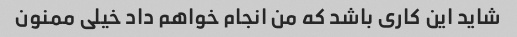
شاید این کاری باشد که من انجام خواهم داد خیلی ممنون